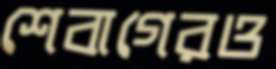
শেবাগেরও